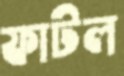
ফাটল